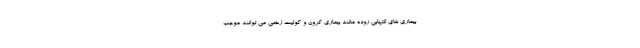
بیماری های التهابی روده مانند بیماری کرون و کولیت زخمی می توانند موجب